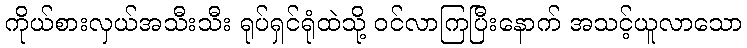
ကိုယ်စားလှယ်အသီးသီး ရုပ်ရှင်ရုံထဲသို့ ဝင်လာကြပြီးနောက် အသင့်ယူလာသော